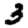
Digit: 3